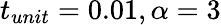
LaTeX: t_{unit}=0.01,\alpha=3